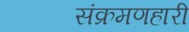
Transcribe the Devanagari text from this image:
संक्रमणहारी